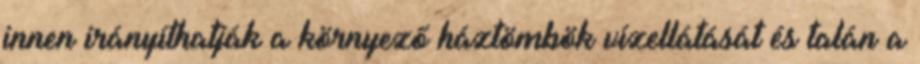
innen irányíthatják a környező háztömbök vízellátását és talán a